画像に写った文字を読んでください
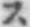
「ス」と書いてあります